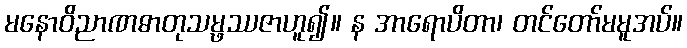
မနောဝိညာဏဓာတုသမ္ဖဿဇာဟူ၍။ န အာရောပိတာ၊ တင်တော်မမူအပ်။